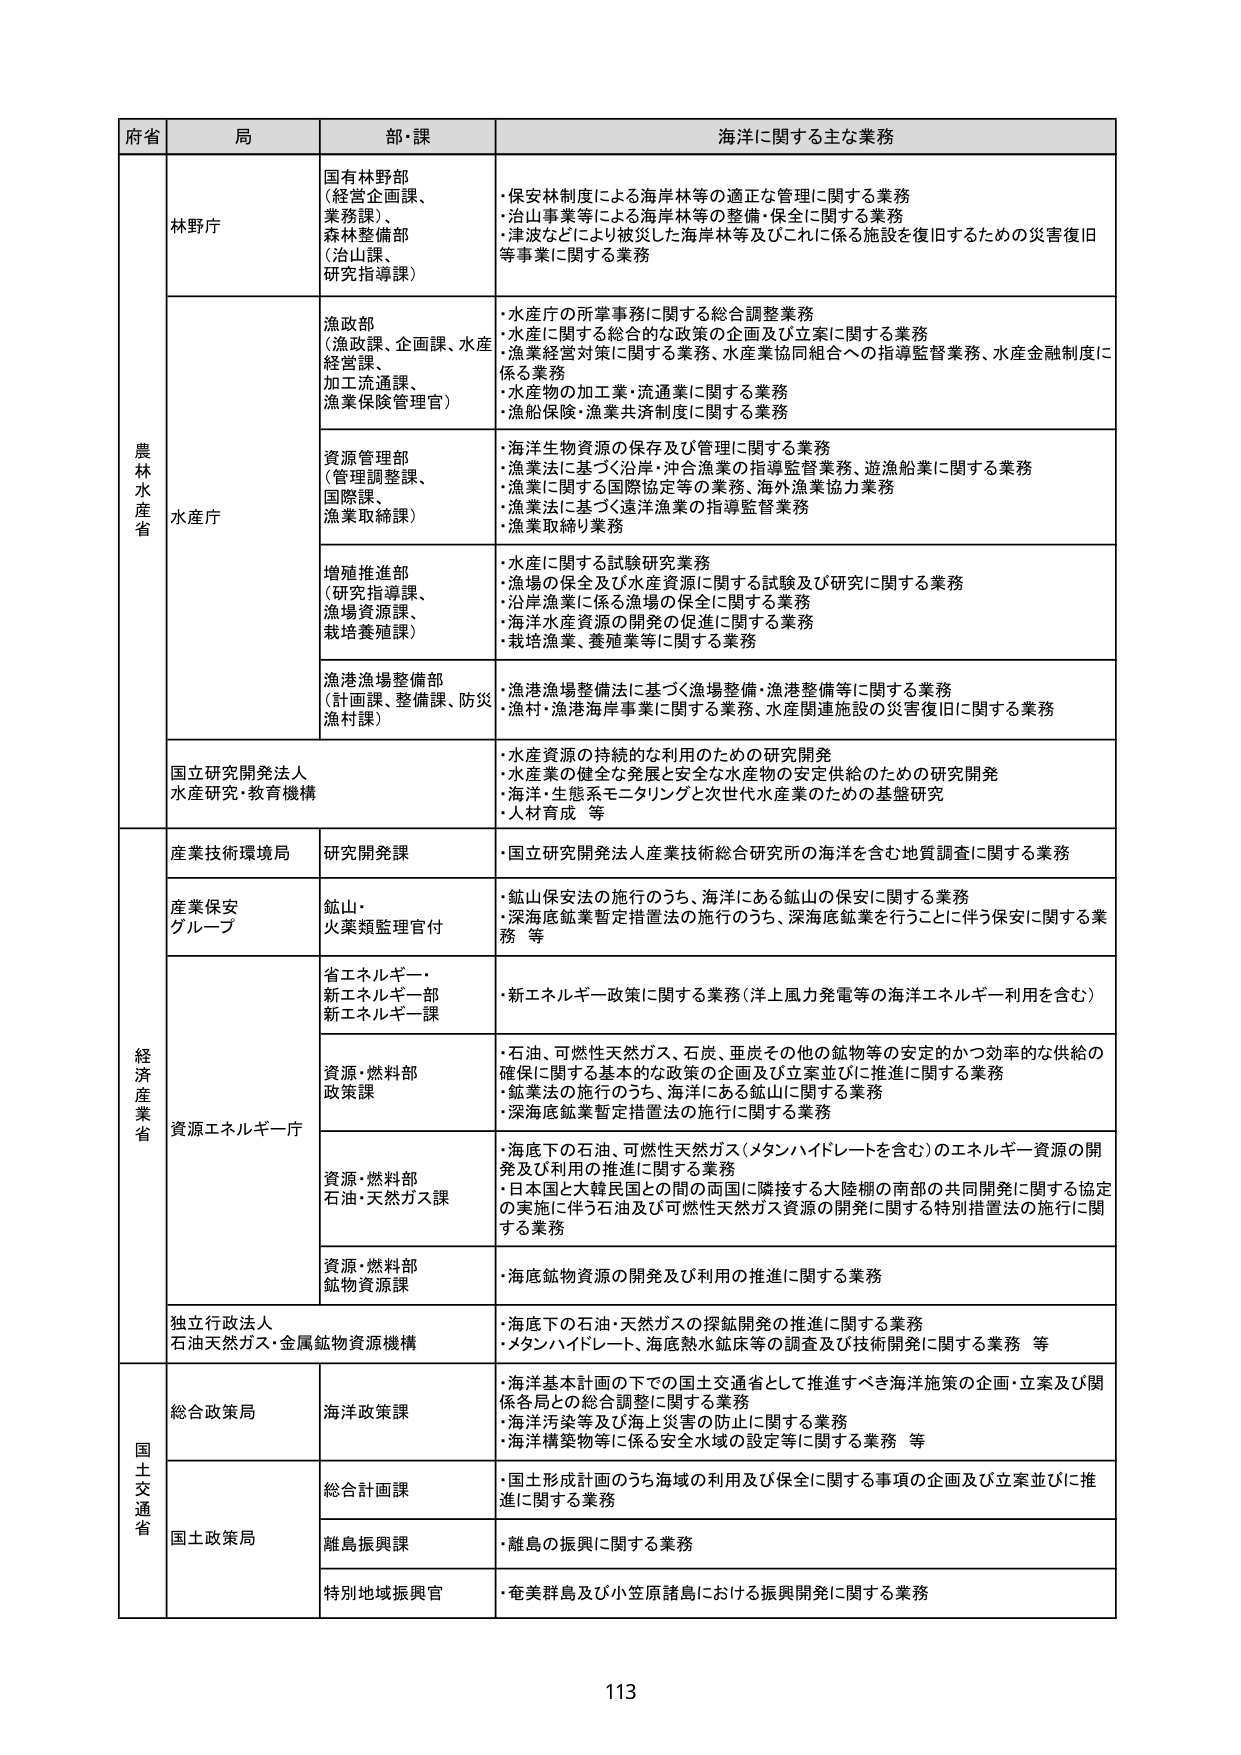
府省 局 部・課 海洋に関する主な業務
農林水産省 林野庁 国有林野部 （経営企画課、 業務課）、 森林整備部 （治山課、 研究指導課） ・保安林制度による海岸林等の適正な管理に関する業務 ・治山事業等による海岸林等の整備・保全に関する業務 ・津波などにより被災した海岸林等及びこれに係る施設を復旧するための災害復旧 等事業に関する業務
水産庁 漁政部 （漁政課、企画課、水産 経営課、 加工流通課、 漁業保険管理官） ・水産庁の所掌事務に関する総合調整業務 ・水産に関する総合的な政策の企画及び立案に関する業務 ・漁業経営対策に関する業務、水産業協同組合への指導監督業務、水産金融制度に 係る業務 ・水産物の加工業・流通業に関する業務 ・漁船保険・漁業共済制度に関する業務
資源管理部 （管理調整課、 国際課、 漁業取締課） ・海洋生物資源の保存及び管理に関する業務 ・漁業法に基づく沿岸・沖合漁業の指導監督業務、遊漁船業に関する業務 ・漁業に関する国際協定等の業務、海外漁業協力業務 ・漁業法に基づく遠洋漁業の指導監督業務 ・漁業取締り業務
増殖推進部 （研究指導課、 漁場資源課、 栽培養殖課） ・水産に関する試験研究業務 ・漁場の保全及び水産資源に関する試験及び研究に関する業務 ・沿岸漁業に係る漁場の保全に関する業務 ・海洋水産資源の開発の促進に関する業務 ・栽培漁業、養殖業等に関する業務
漁港漁場整備部 （計画課、整備課、防災 漁村課） ・漁港漁場整備法に基づく漁場整備・漁港整備等に関する業務 ・漁村・漁港海岸事業に関する業務、水産関連施設の災害復旧に関する業務
国立研究開発法人 水産研究・教育機構 ・水産資源の持続的な利用のための研究開発 ・水産業の健全な発展と安全な水産物の安定供給のための研究開発 ・海洋・生態系モニタリングと次世代水産業のための基盤研究 ・人材育成 等
経済産業省 産業技術環境局 研究開発課 ・国立研究開発法人産業技術総合研究所の海洋を含む地質調査に関する業務
産業保安 グループ 鉱山・ 火薬類監理官付 ・鉱山保安法の施行のうち、海洋にある鉱山の保安に関する業務 ・深海底鉱業暫定措置法の施行のうち、深海底鉱業を行うことに伴う保安に関する業 務 等
資源エネルギー庁 省エネルギー・ 新エネルギー部 新エネルギー課 ・新エネルギー政策に関する業務（洋上風力発電等の海洋エネルギー利用を含む）
資源・燃料部 政策課 ・石油、可燃性天然ガス、石炭、亜炭その他の鉱物等の安定的かつ効率的な供給の 確保に関する基本的な政策の企画及び立案並びに推進に関する業務 ・鉱業法の施行のうち、海洋にある鉱山に関する業務 ・深海底鉱業暫定措置法の施行に関する業務
資源・燃料部 石油・天然ガス課 ・海底下の石油、可燃性天然ガス（メタンハイドレートを含む）のエネルギー資源の開 発及び利用の推進に関する業務 ・日本国と大韓民国との間の両国に隣接する大陸棚の南部の共同開発に関する協定 の実施に伴う石油及び可燃性天然ガス資源の開発に関する特別措置法の施行に関 する業務
資源・燃料部 鉱物資源課 ・海底鉱物資源の開発及び利用の推進に関する業務
独立行政法人 石油天然ガス・金属鉱物資源機構 ・海底下の石油・天然ガスの探鉱開発の推進に関する業務 ・メタンハイドレート、海底熱水鉱床等の調査及び技術開発に関する業務 等
国土交通省 総合政策局 海洋政策課 ・海洋基本計画の下での国土交通省として推進すべき海洋施策の企画・立案及び関 係各局との総合調整に関する業務 ・海洋汚染等及び海上災害の防止に関する業務 ・海洋構築物等に係る安全水域の設定等に関する業務 等
国土政策局 総合計画課 ・国土形成計画のうち海域の利用及び保全に関する事項の企画及び立案並びに推 進に関する業務
離島振興課 ・離島の振興に関する業務
特別地域振興官 ・奄美群島及び小笠原諸島における振興開発に関する業務
113